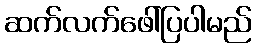
ဆက်လက်ဖေါ်ပြပါမည်